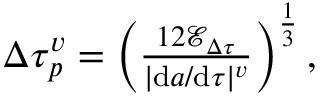
\begin{array} { r } { \Delta \tau _ { p } ^ { v } = \left( \frac { 1 2 \mathcal { E } _ { \Delta \tau } } { | \mathrm { d } a / \mathrm { d } \tau | ^ { v } } \right) ^ { \frac { 1 } { 3 } } , } \end{array}